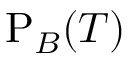
\mathrm { P } _ { B } ( { \cal T } )